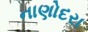
નાણોદરા